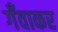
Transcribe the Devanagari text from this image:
गँवाकर